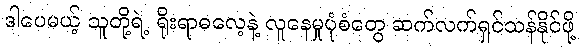
ဒါပေမယ့် သူတို့ရဲ့ ရိုးရာဓလေ့နဲ့ လူနေမှုပုံစံတွေ ဆက်လက်ရှင်သန်နိုင်ဖို့